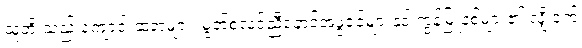
သူတို့ သည် ကျောင်းဆရာများ၊ မွတ်စလင်ညီနောင်အဖွဲ့ဝင်များနှင့် ကွန်မြူနစ်များ၏ လျှို့ဝှက်